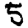
Digit: 5